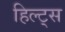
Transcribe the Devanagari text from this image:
हिल्ट्स